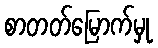
စာတတ်မြောက်မှု